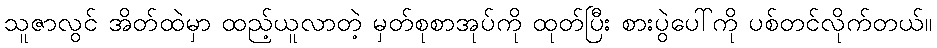
သူဇာလွင် အိတ်ထဲမှာ ထည့်ယူလာတဲ့ မှတ်စုစာအုပ်ကို ထုတ်ပြီး စားပွဲပေါ်ကို ပစ်တင်လိုက်တယ်။